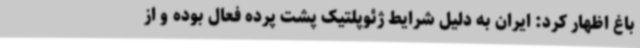
باغ اظهار کرد: ایران به دلیل شرایط ژئوپلتیک پشت پرده فعال بوده و از